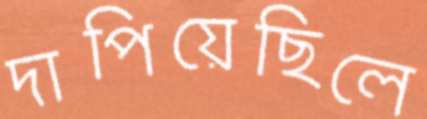
দাপিয়েছিলে